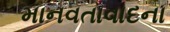
માનવતાવાદના